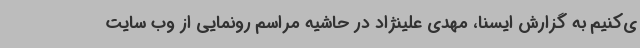
ی‌کنیم به گزارش ایسنا، مهدی علینژاد در حاشیه مراسم رونمایی از وب سایت